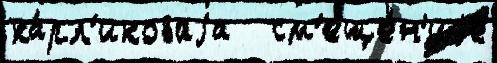
ка́рл'иковаjа   см'еще́н'иjе